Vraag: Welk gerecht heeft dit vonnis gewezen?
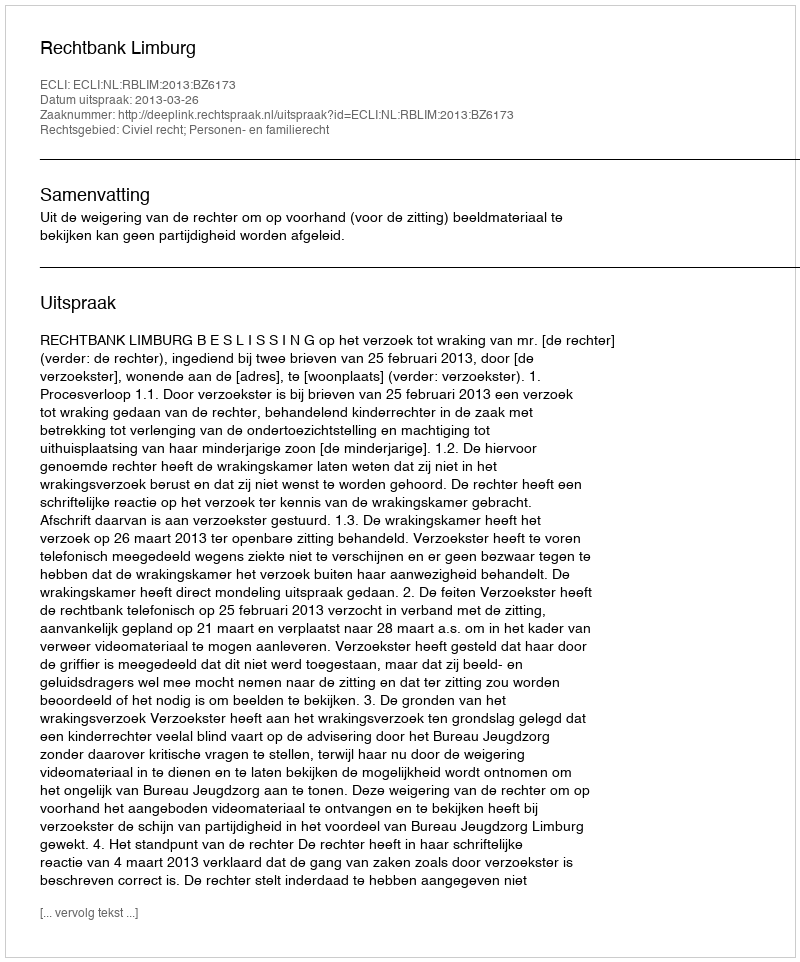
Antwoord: Rechtbank Limburg